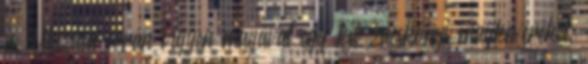
is. Utazása során vigyen magával egy kis zacskónyi magkeveréket,